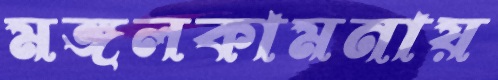
মঙ্গলকামনায়